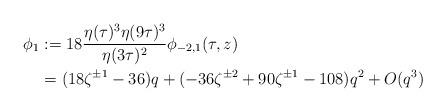
LaTeX: \begin{align*} \phi_1 &:= 18 \frac{\eta(\tau)^3 \eta(9 \tau)^3}{\eta(3\tau)^2} \phi_{-2, 1}(\tau, z) \\ &= (18 \zeta^{\pm 1} - 36)q + (-36 \zeta^{\pm 2} + 90 \zeta^{\pm 1} - 108) q^2 + O(q^3) \end{align*}